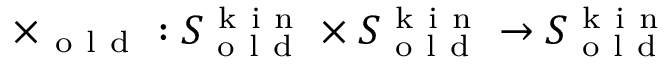
\times _ { \mathrm { ~ o ~ l ~ d ~ } } : S _ { \mathrm { ~ o ~ l ~ d ~ } } ^ { \mathrm { ~ k ~ i ~ n ~ } } \times S _ { \mathrm { ~ o ~ l ~ d ~ } } ^ { \mathrm { ~ k ~ i ~ n ~ } } \to S _ { \mathrm { ~ o ~ l ~ d ~ } } ^ { \mathrm { ~ k ~ i ~ n ~ } }